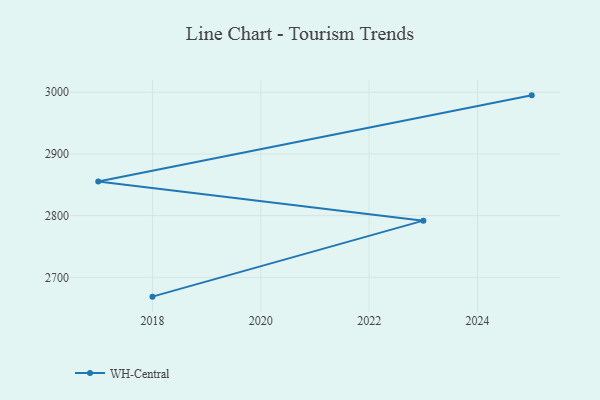
{"axis": {"x": "Year", "y": "Gross Profit (USD K)"}, "legend": ["WH-Central"], "data": [{"x": "2025", "y": 2995.0, "type": "WH-Central"}, {"x": "2017", "y": 2855.2, "type": "WH-Central"}, {"x": "2023", "y": 2791.9, "type": "WH-Central"}, {"x": "2018", "y": 2668.7, "type": "WH-Central"}]}